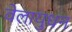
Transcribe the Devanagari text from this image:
वेलायुधन